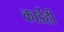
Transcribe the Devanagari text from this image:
कार्डेही